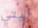
ليتي